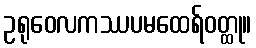
ဥရုဝေလကဿပမထေရ်ဝတ္ထု။